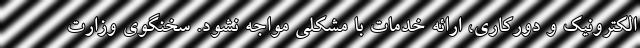
الکترونیک و دورکاری، ارائه خدمات با مشکلی مواجه نشود. سخنگوی وزارت